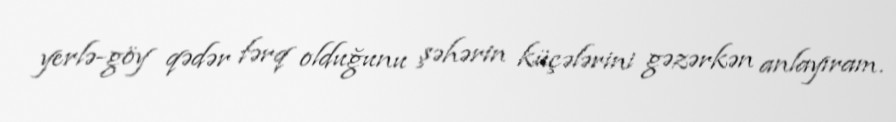
yerlə-göy qədər fərq olduğunu şəhərin küçələrini gəzərkən anlayıram.